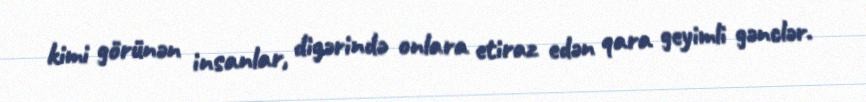
kimi görünən insanlar, digərində onlara etiraz edən qara geyimli gənclər.